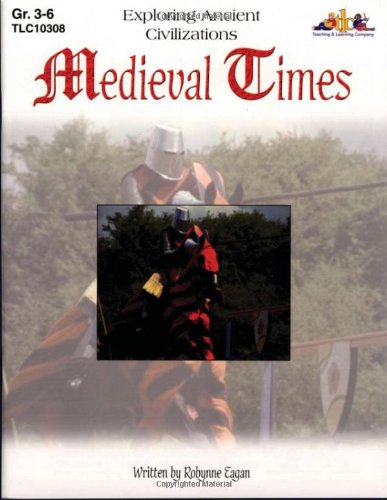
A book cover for Exploring Ancient Civilizations: Medieval Times; Robynne Eagan; Children's Books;